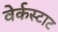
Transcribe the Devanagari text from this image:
वेर्कस्टाट